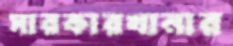
সারকারখানার